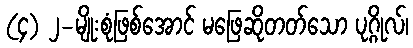
(၄) ၂-မျိုးစုံဖြစ်အောင် မဖြေဆိုတတ်သော ပုဂ္ဂိုလ်၊